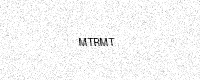
Text: MTRMT